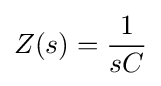
Z(s)={\frac {1}{sC}}